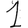
Digit: 1